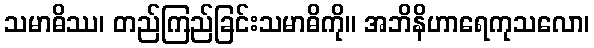
သမာဓိဿ၊ တည်ကြည်ခြင်းသမာဓိကို။ အဘိနိဟာရေကုသလော၊